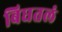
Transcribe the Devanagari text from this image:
बिघतलं